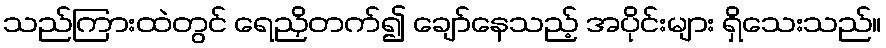
သည်ကြားထဲတွင် ရေညှိတက်၍ ချော်နေသည့် အပိုင်းများ ရှိသေးသည်။